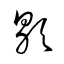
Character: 歇